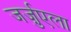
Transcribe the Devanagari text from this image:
जर्ज़ुएला